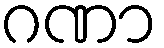
ဂဏာ